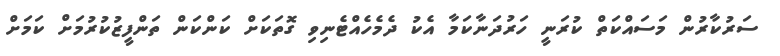
ސަރުކާރުން މަސައްކަތް ކުރަނީ ހަރުދަނާކަމާ އެކު ދެމެހެއްޓެނިވި ގޮތަކަށް ކަންކަން ތަންފީޒުކުރުމަށް ކަމަށް